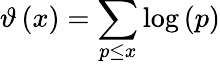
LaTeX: \vartheta\left(x\right)=\sum_{p\leq x}{\log\left(p\right)}